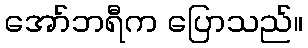
အော်ဘရီက ပြောသည်။